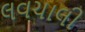
લવચાલી